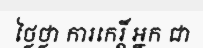
ថ្លៃថ្លា ការកេរ្តិ៍ អ្នក ជា